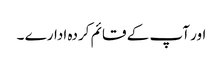
اور آپ کے قائم کردہ ادارے ۔